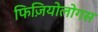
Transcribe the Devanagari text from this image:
फिज़ियोलोगस